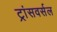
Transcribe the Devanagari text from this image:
ट्रांसवर्सल